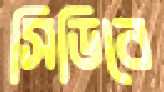
সিডিবে